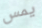
يمس